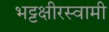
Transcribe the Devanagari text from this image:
भट्टक्षीरस्वामी